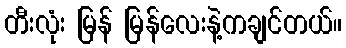
တီးလုံး မြန် မြန်လေးနဲ့ကချင်တယ်။